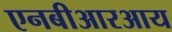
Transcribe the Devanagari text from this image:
एनबीआरआय